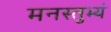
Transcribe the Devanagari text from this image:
मनस्तुभ्यं